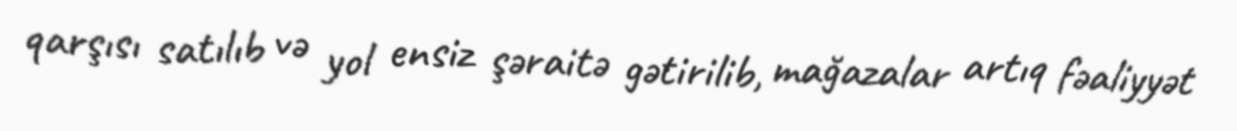
qarşısı satılıb və yol ensiz şəraitə gətirilib, mağazalar artıq fəaliyyət